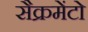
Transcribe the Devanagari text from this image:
सैक्रमेंटो